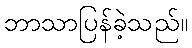
ဘာသာပြန်ခဲ့သည်။